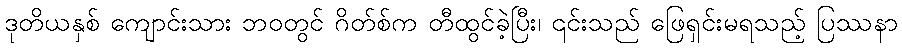
ဒုတိယနှစ် ကျောင်းသား ဘဝတွင် ဂိတ်စ်က တီထွင်ခဲ့ပြီး၊ ၎င်းသည် ဖြေရှင်းမရသည့် ပြဿနာ